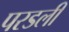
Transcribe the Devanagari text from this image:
परडली